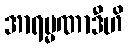
အာရမ္မဏာဒီဟိ